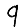
Digit: 9